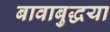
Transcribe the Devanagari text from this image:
बावाबुद्धया